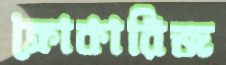
ক্রোকারিজ